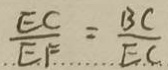
\frac { E C } { E F } = \frac { B C } { E C }